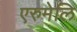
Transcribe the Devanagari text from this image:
एरुमेलि